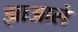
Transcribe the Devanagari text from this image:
झाआले